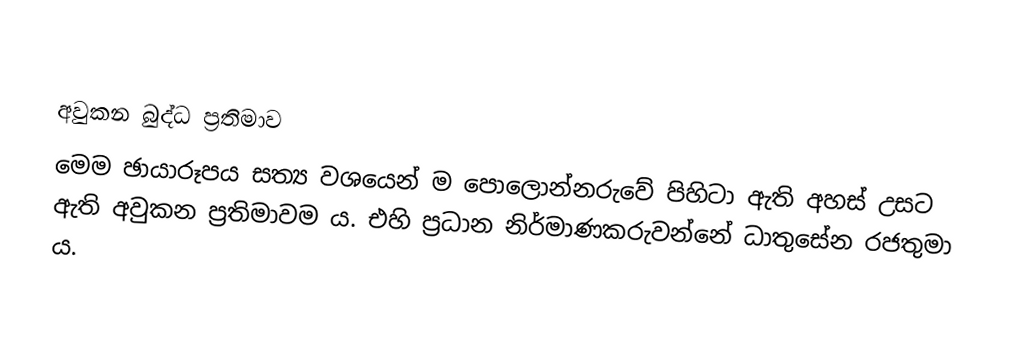

අවුකන බුද්ධ ප්‍රතිමාව
මෙම ඡායාරූපය සත්‍ය වශයෙන් ම පොලොන්නරුවේ පිහිටා ඇති අහස් උසට ඇති අවුකන ප්‍රතිමාවම ය. එහි ප්‍රධාන නිර්මාණකරුවන්නේ ධාතුසේන රජතුමා ය.